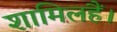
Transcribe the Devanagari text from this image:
शामिलहैं।